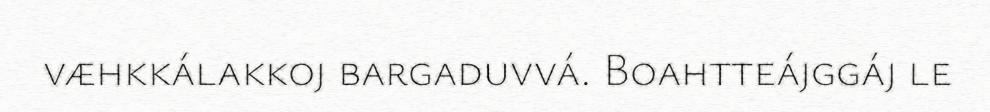
væhkkálakkoj bargaduvvá. Boahtteájggáj le